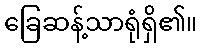
ခြေဆန့်သာရုံရှိ၏။